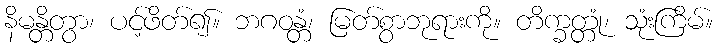
နိမန္တိတွာ၊ ပင့်ဖိတ်၍။ ဘဂဝန္တံ၊ မြတ်စွာဘုရားကို။ တိက္ခတ္တုံ၊ သုံးကြိမ်။